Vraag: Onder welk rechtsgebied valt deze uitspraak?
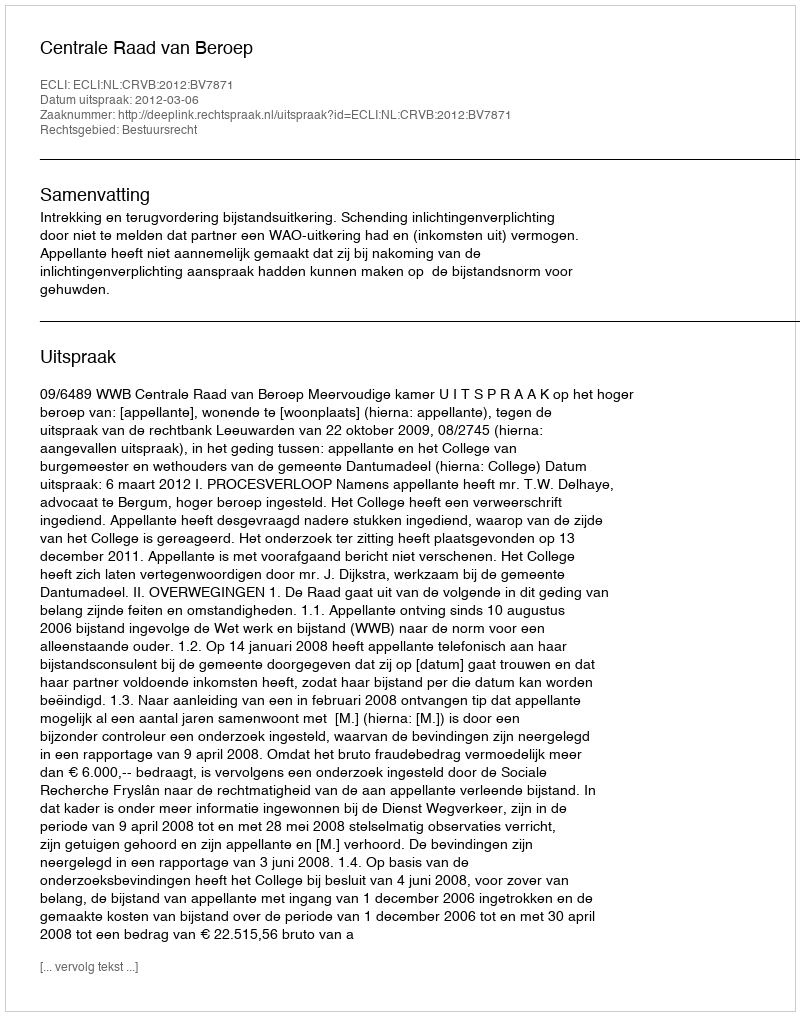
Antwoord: Bestuursrecht